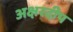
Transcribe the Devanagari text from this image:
अक्षरदीप